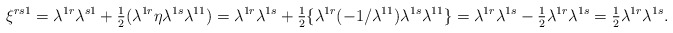
\begin{align*}\xi^{rs1}=\lambda^{1r}\lambda^{s1}+{\textstyle{1\over 2}}(\lambda^{1r}\eta\lambda^{1s}\lambda^{11})=\lambda^{1r}\lambda^{1s}+{\textstyle{1\over 2}}\{\lambda^{1r}(-1/\lambda^{11})\lambda^{1s}\lambda^{11}\}=\lambda^{1r}\lambda^{1s}-{\textstyle{1\over 2}}\lambda^{1r}\lambda^{1s}={\textstyle{1\over 2}}\lambda^{1r}\lambda^{1s}.\end{align*}